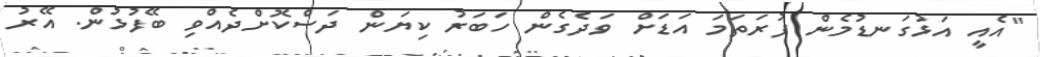
"އެއީ އަޅުގަނޑުމެން ފުރަތަމަ އަޑަށް ވަދެގެން ހަބަރު ކިޔަން ދަސްކޮށްދެއްވި ބޭފުޅުން. އޭރު